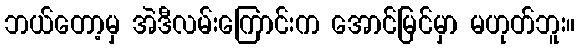
ဘယ်တော့မှ အဲဒီလမ်းကြောင်းက အောင်မြင်မှာ မဟုတ်ဘူး။